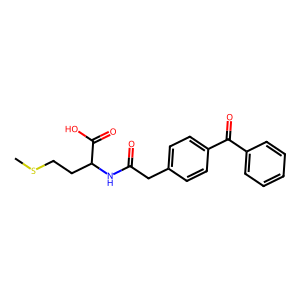
SMILES: CSCCC(NC(=O)Cc1ccc(C(=O)c2ccccc2)cc1)C(=O)O
Inhibits HIV replication: No